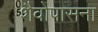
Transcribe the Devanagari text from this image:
शैवोपासना